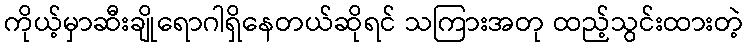
ကိုယ့်မှာဆီးချိုရောဂါရှိနေတယ်ဆိုရင် သကြားအတု ထည့်သွင်းထားတဲ့